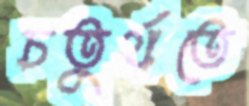
চতুর্থতে